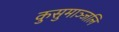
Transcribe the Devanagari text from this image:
कुसुमाञ्जलि